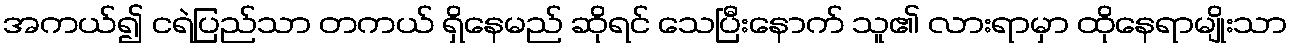
အကယ်၍ ငရဲပြည်သာ တကယ် ရှိနေမည် ဆိုရင် သေပြီးနောက် သူ၏ လားရာမှာ ထိုနေရာမျိုးသာ